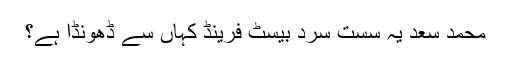
محمد سعد یہ سست سرد بیسٹ فرینڈ کہاں سے ڈھونڈا ہے؟